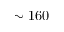
\sim 1 6 0